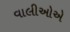
વાલીઓએ